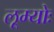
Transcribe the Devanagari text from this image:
लूम्योः